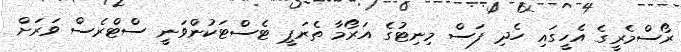
ރޯސްމެރީގެ އެހީގައި ހެދި ފަސް މިނިޓުގެ އަރޯމާ ތެރަޕީ ޓެސްޓަކުންވަނީ ސްޓްރެސް ވަރަށް